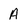
Character: A